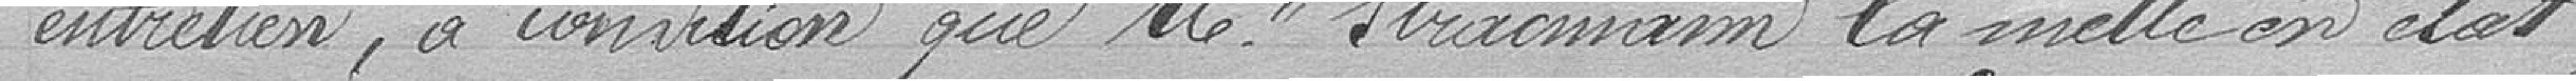
entretien, à condition que monsieur Stractman la mette en état,